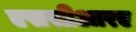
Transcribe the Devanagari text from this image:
एससीआरए